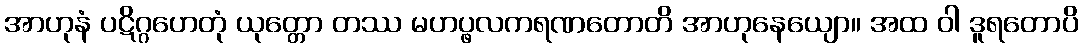
အာဟုနံ ပဋိဂ္ဂဟေတုံ ယုတ္တော တဿ မဟပ္ဖလကရဏတောတိ အာဟုနေယျော။ အထ ဝါ ဒူရတောပိ